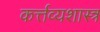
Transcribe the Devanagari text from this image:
कर्त्तव्यशास्त्र